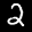
Label: 2